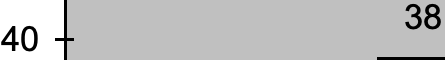
38 40